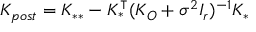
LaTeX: K _ { p o s t } = K _ { * * } - K _ { * } ^ { \intercal } ( K _ { O } + \sigma ^ { 2 } I _ { r } ) ^ { - 1 } K _ { * }